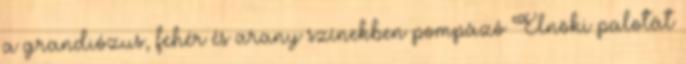
a grandiózus, fehér és arany színekben pompázó Elnöki palotát